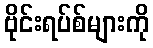
ဗိုင်းရပ်စ်များကို